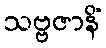
သဗ္ဗဇာနိံ